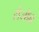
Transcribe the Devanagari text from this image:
रोजोव